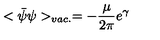
< \bar { \psi } \psi > _ { v a c . } = - \frac { \mu } { 2 \pi } e ^ { \gamma }